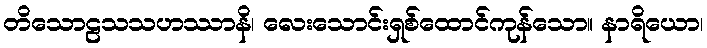
တိသောဠသသဟဿာနိ၊ လေးသောင်းရှစ်ထောင်ကုန်သော။ နာရိယော၊